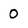
Character: 0